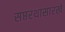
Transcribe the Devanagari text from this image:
सप्तरथासारखे